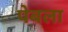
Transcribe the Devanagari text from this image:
पेबला